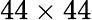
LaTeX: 44\times 44